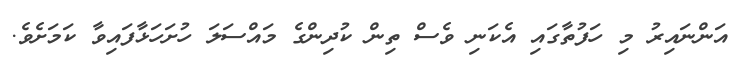
އަންނައިރު މި ހަފުތާގައި އެކަނި ވެސް ތިން ކުދިންގެ މައްސަލަ ހުށަހަޅާފައިވާ ކަމަށެވެ.